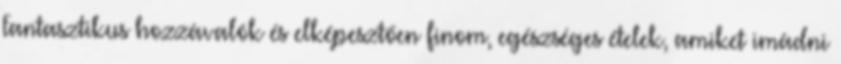
Fantasztikus hozzávalók és elképesztően finom, egészséges ételek, amiket imádni